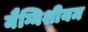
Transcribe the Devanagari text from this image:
मैग्निशीयम